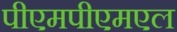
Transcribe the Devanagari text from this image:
पीएमपीएमएल